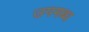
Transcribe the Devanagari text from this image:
उपमब्ध